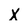
Character: X